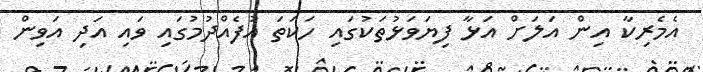
އެމެރިކާ އިން އަލަށް އަޅާ ފިޔަވަޅުތަކުގައި ހަކަތަ އުފެއްދުމުގައި ވައި އަދި އަވިން